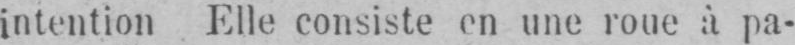
intention Elle consiste en une roue à pa-